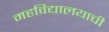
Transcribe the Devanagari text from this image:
महविद्यालयाची